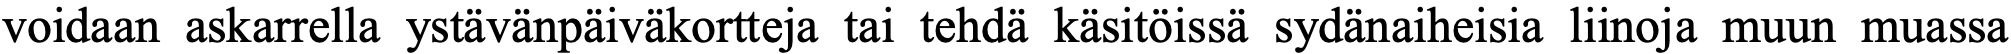
voidaan askarrella ystävänpäiväkortteja tai tehdä käsitöissä sydänaiheisia liinoja muun muassa